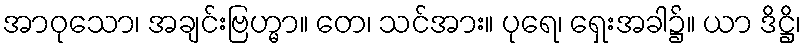
အာဝုသော၊ အချင်းဗြဟ္မာ။ တေ၊ သင်အား။ ပုရေ၊ ရှေးအခါ၌။ ယာ ဒိဋ္ဌိ၊